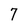
Character: 7